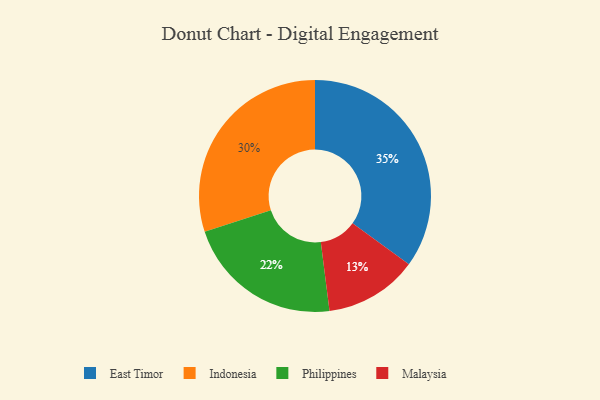
{"axis": {"x": "Category", "y": "Percentage"}, "legend": ["East Timor", "Indonesia", "Malaysia", "Philippines"], "data": [{"x": "Philippines", "y": 22, "type": "Philippines"}, {"x": "Indonesia", "y": 30, "type": "Indonesia"}, {"x": "East Timor", "y": 35, "type": "East Timor"}, {"x": "Malaysia", "y": 13, "type": "Malaysia"}]}